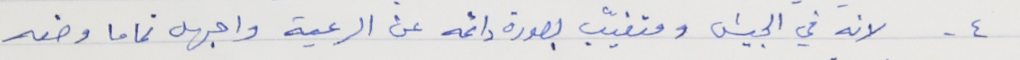
٤ - لانه في الجيش ومتغيّب بصورة دائمه عن الرعية واجهل تماما وضعه